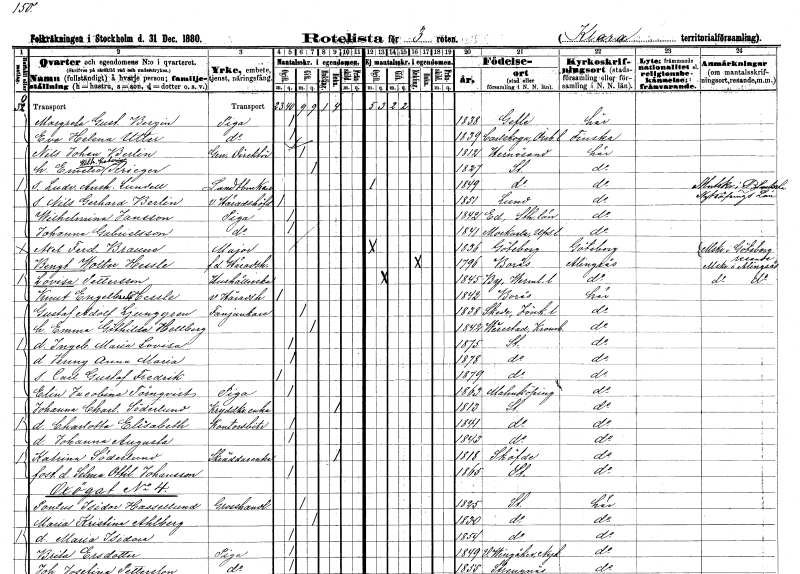
gt_parse: households: individuals: FN: Margreta Gustafva
EN: Bergin
YRKE: Piga
KON: K
CIV: O
FODAR: 1838
FODFORS: Gävle Gävleborgs län
FN: Eva Helena
EN: Utter
YRKE: Piga
KON: K
CIV: O
FODAR: 1839
FODFORS: Karlskoga Örebro län
FN: Nils Johan
EN: Berlin
YRKE: Generaldirektör
KON: M
CIV: G
FODAR: 1812
FODFORS: Härnösand Västernorrlands län
FN: Emelie Wilhelmina Katarina
EN: Krieger
KON: K
CIV: G
FODAR: 1827
FODFORS: Stockholm
FN: Ludvig Anshelm
EN: Lundell
YRKE: Lantbrukare
KON: M
CIV: O
FODAR: 1849
FODFORS: Stockholm
FN: Nils Gerhard
EN: Berlin
YRKE: Häradshövding vice
KON: M
CIV: O
FODAR: 1851
FODFORS: Lund Malmöhus län
FN: Wilhelmina
EN: Jansson
YRKE: Piga
KON: K
CIV: O
FODAR: 1842
FODFORS: Ed Stockholms län
FN: Johanna
EN: Gabrielsson
YRKE: Piga
KON: K
CIV: O
FODAR: 1841
FODFORS: Morkarla Uppsala län
FN: Axel Ferdinand
EN: Braune
YRKE: Major
KON: M
CIV: O
FODAR: 1836
FODFORS: Göteborg Göteborgs- och Bohuslän
FN: Bengt Wolter
EN: Hessle
YRKE: Häradshövding f.d.
KON: M
CIV: E
FODAR: 1796
FODFORS: Borås Älvsborgs län
FN: Lovisa
EN: Pettersson
YRKE: Hushållerska
KON: K
CIV: O
FODAR: 1845
FODFORS: By Värmlands län
FN: Knut Engelbrekt
EN: Hessle
YRKE: Häradshövding vice
KON: M
CIV: O
FODAR: 1842
FODFORS: Borås Älvsborgs län
FN: Gustaf Adolf
EN: Ljunggren
YRKE: Fanjunkare
KON: M
CIV: G
FODAR: 1838
FODFORS: Skede Jönköpings län
FN: Emma Göthilda
EN: Hellberg
KON: K
CIV: G
FODAR: 1842
FODFORS: Virestad Kronobergs län
FN: Ingeborg Maria Lovisa
KON: K
CIV: O
FODAR: 1875
FODFORS: Stockholm
FN: Jenny Anna Maria
KON: K
CIV: O
FODAR: 1878
FODFORS: Stockholm
FN: Carl Gustaf Fredrik
KON: M
CIV: O
FODAR: 1879
FODFORS: Stockholm
FN: Elin Jacobina
EN: Törnqvist
YRKE: Piga
KON: K
CIV: O
FODAR: 1863
FODFORS: Malmköping Södermanlands län
FN: Johanna Charlotta
EN: Söderlund
YRKE: Kryddkramhandlareänka
KON: K
CIV: E
FODAR: 1813
FODFORS: Stockholm
FN: Charlotta Elisabeth
YRKE: Kontorsbiträde
KON: K
CIV: O
FODAR: 1841
FODFORS: Stockholm
FN: Johanna Augusta
KON: K
CIV: O
FODAR: 1843
FODFORS: Stockholm
FN: Katrina
EN: Söderlund
YRKE: Skräddareänka
KON: K
CIV: E
FODAR: 1818
FN: Selma Ottilia
EN: Johansson
KON: K
CIV: O
FODAR: 1865
FODFORS: Stockholm
FN: Pontus Isidor
EN: Hassellund
YRKE: Grosshandlare
KON: M
CIV: G
FODAR: 1825
FODFORS: Stockholm
FN: Maria Kristina
EN: Ahlberg
KON: K
CIV: G
FODAR: 1830
FODFORS: Stockholm
FN: Maria Isidora
KON: K
CIV: O
FODAR: 1854
FODFORS: Stockholm
FN: Brita
EN: Ersdotter
YRKE: Piga
KON: K
CIV: O
FODAR: 1849
FODFORS: Västra Vingåker Södermanlands län
FN: Johanna Josefina
EN: Pettersson
YRKE: Piga
KON: K
CIV: O
FODAR: 1855
FODFORS: Strängnäs Södermanlands län